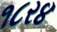
૧૮ર૪